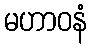
မဟာဝနံ